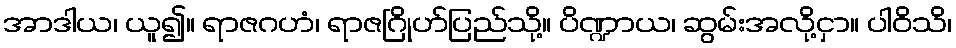
အာဒါယ၊ ယူ၍။ ရာဇဂဟံ၊ ရာဇဂြိုဟ်ပြည်သို့။ ပိဏ္ဍာယ၊ ဆွမ်းအလို့ငှာ။ ပါဝိသိ၊